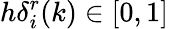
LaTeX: h\delta_{i}^{r}(k)\in[0,1]